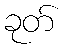
ခုတ်